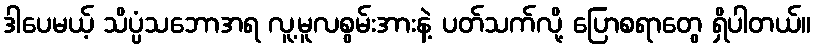
ဒါပေမယ့် သိပ္ပံသဘောအရ လူ့မူလစွမ်းအားနဲ့ ပတ်သက်လို့ ပြောစရာတွေ ရှိပါတယ်။